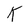
Character: K